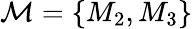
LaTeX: \mathcal{M}=\{ M_{2},M_{3}\}